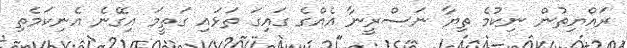
ރައްޔިތުން ނިކުމެ ތިޔާ ނަސްރީނާ އެއްގެ ގައިގަ ތަޅައި ގަތީމަ އިގޭނެ އެނިކަމެތި